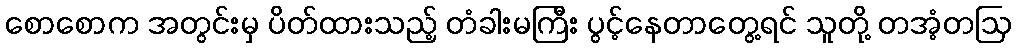
စောစောက အတွင်းမှ ပိတ်ထားသည့် တံခါးမကြီး ပွင့်နေတာတွေ့ရင် သူတို့ တအံ့တဩ